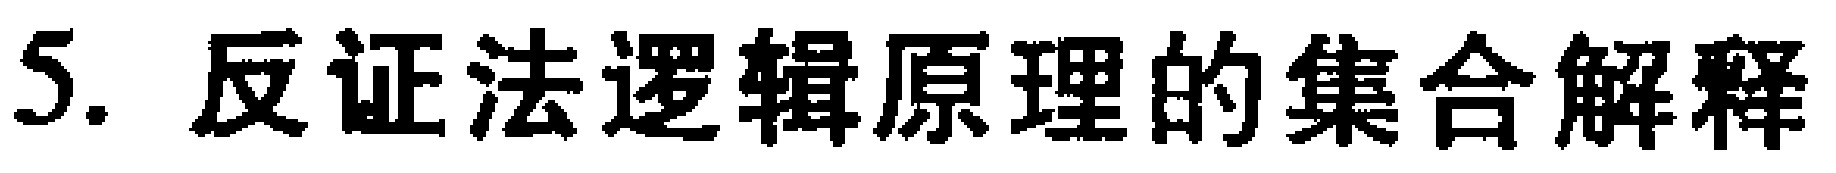
5. 反证法逻辑原理的集合解释